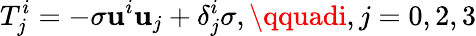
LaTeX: T_{j}^{i}=-\sigma\mathbf{u}^{i}\mathbf{u}_{j}+\delta_{j}^{i}\sigma,\qquadi,j=0,2,3